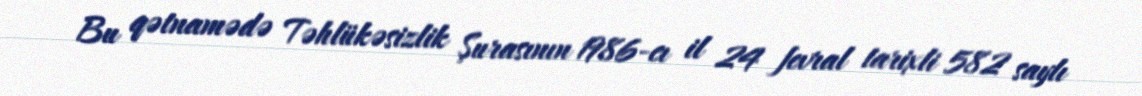
Bu qətnamədə Təhlükəsizlik Şurasının 1986-cı il 24 fevral tarixli 582 saylı